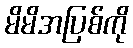
မိမိအပြစ်ကို